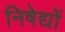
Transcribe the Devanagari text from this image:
निषेद्यों